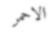
الاحمر